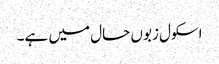
اسکول زبوں حال میں ہے۔